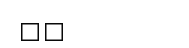
٦٧